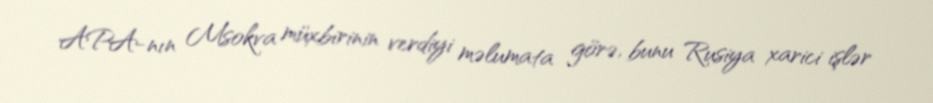
APA-nın Msokva müxbirinin verdiyi məlumata görə, bunu Rusiya xarici işlər